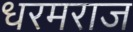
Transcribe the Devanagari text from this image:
धरमराज